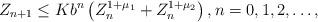
LaTeX: \begin{align*}Z_{n+1} \leq K b^n \left (Z_n^{1+\mu_1}+ Z_n^{1+\mu_2} \right ) , n=0,1,2, \ldots,\end{align*}